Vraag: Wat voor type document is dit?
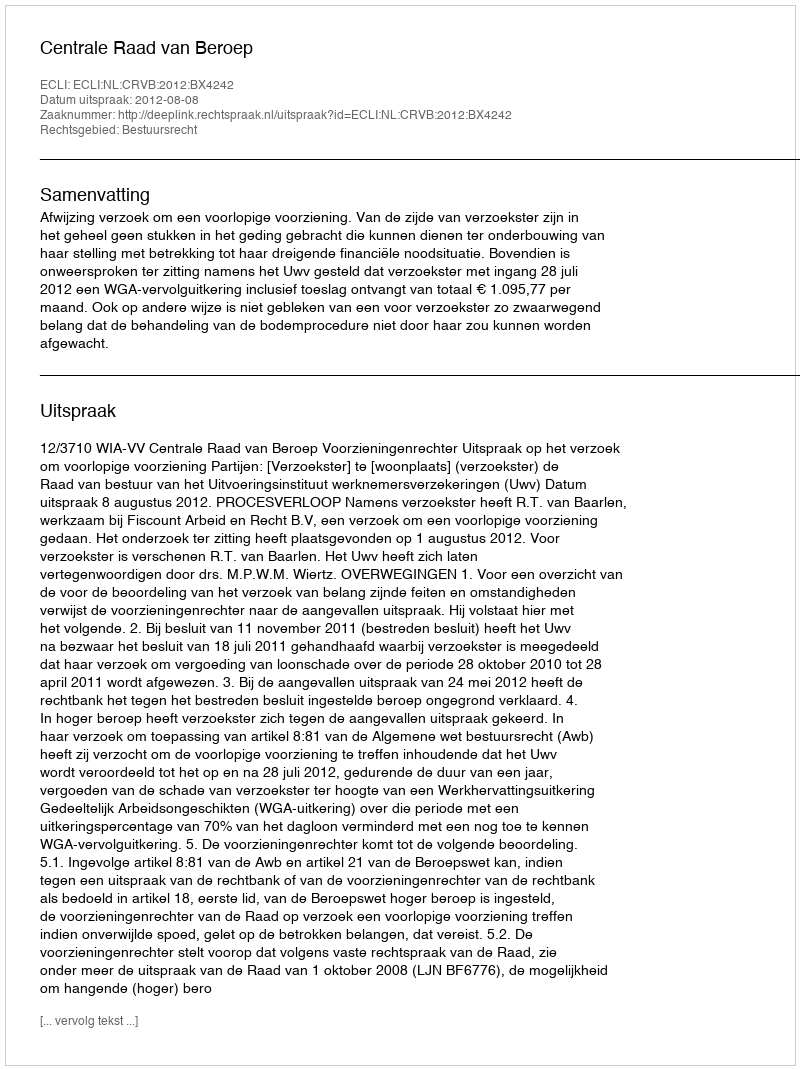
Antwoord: Uitspraak